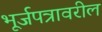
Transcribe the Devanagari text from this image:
भूर्जपत्रावरील